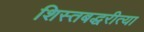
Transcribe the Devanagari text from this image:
शिस्तबद्धरीत्या